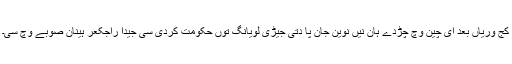
کج وریاں بعد ای چین وچ چڑدے ہان نیں نوین جان پا دتی جیڑی لویانگ توں حکومت کردی سی جیدا راجکعر ہینان صوبے وچ سی۔